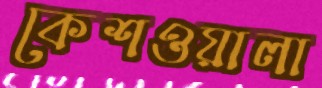
কেশওয়ালা